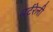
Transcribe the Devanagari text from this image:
बर्टरेली